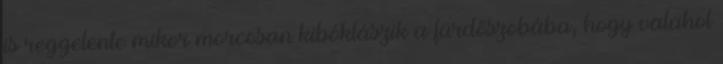
is reggelente mikor morcosan kibóklászik a fürdőszobába, hogy valahol